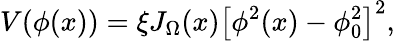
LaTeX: V(\phi(x))=\xi J_{\Omega}(x)\left[\phi^{2}(x)-\phi_{0}^{2}\right]^{2},